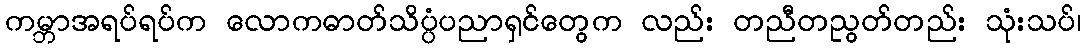
ကမ္ဘာအရပ်ရပ်က လောကဓာတ်သိပ္ပံပညာရှင်တွေက လည်း တညီတညွတ်တည်း သုံးသပ်၊